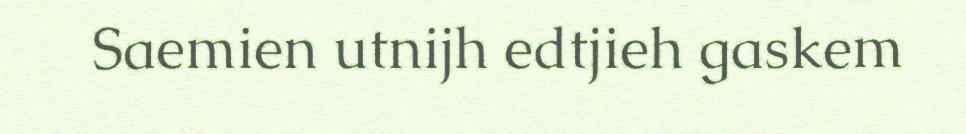
Saemien utnijh edtjieh gaskem